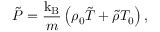
\tilde { P } = \frac { \mathrm { k _ { B } } } { m } \left( \rho _ { 0 } \tilde { T } + \tilde { \rho } T _ { 0 } \right) ,